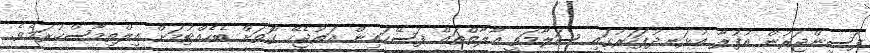
ފަސިންޖަރުން އުފުލާ އުޅަނދުފަހަރުގައި ސަލާމަތީ އާލާތްތައް ފަސޭހައިން އަތުޖެހޭ ގޮތަށް ބެހެއްޓުމަށް އިލްތިމާސްކުރަމެވެ.